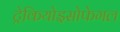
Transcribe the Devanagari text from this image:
ट्रेकियोइसोफेगल